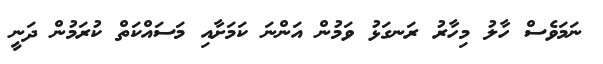
ނަމަވެސް ހާލު މިހާރު ރަނގަޅު ވަމުން އަންނަ ކަމަށާއި މަސައްކަތް ކުރަމުން ދަނީ